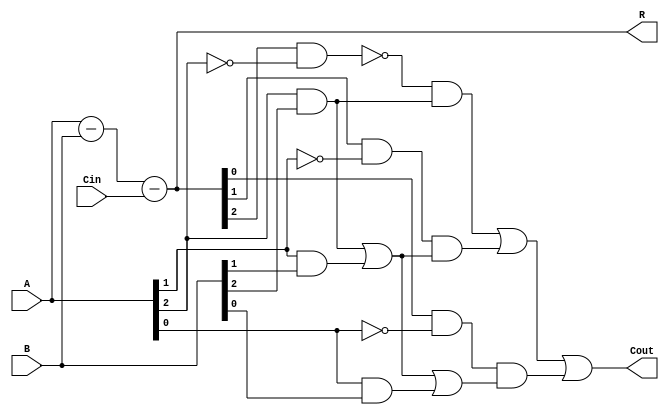
module subtractor (input [3:0] A, input [3:0] B, input Cin, output [3:0] R, output Cout);

    wire [3:0] D;   // Difference
    wire [3:0] C;   // Borrow
    wire [2:0] G;   // Generate
    wire [2:0] P;   // Propagate
    
    assign D = A - B - Cin;
    assign G = {D[2] & ~A[2], D[1] & ~A[1], D[0] & ~A[0]};
    assign P = {A[2] & B[2], A[1] & B[1], A[0] & B[0]};
    
    assign R = D;
    assign Cout = ~G[2] & P[2] | G[1] & (P[2] | P[1]) | G[0] & (P[2] | P[1] | P[0]);
    
endmodule